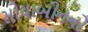
સોયાબીનનો